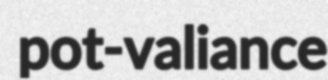
pot-valiance